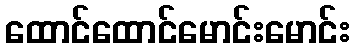
ထောင်ထောင်မောင်းမောင်း